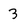
Character: 3